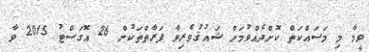
ވީމާ މި މަސައްކަތް ކޮށްދެއްވުމަށް ޝައުޤުވެރިވާ ފަރާތްތަކުން 26 އޮގަސްޓު 2015 ވާ